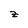
Character: z